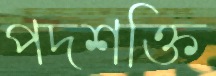
পদশক্তি